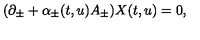
( \partial _ { \pm } + \alpha _ { \pm } ( t , u ) A _ { \pm } ) X ( t , u ) = 0 ,